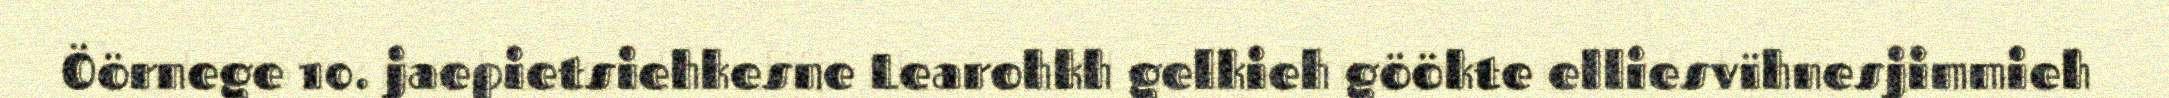
Öörnege 10. jaepietsiehkesne Learohkh gelkieh göökte elliesvïhnesjimmieh